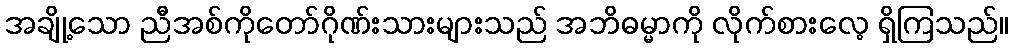
အချို့သော ညီအစ်ကိုတော်ဂိုဏ်းသားများသည် အဘိဓမ္မာကို လိုက်စားလေ့ ရှိကြသည်။